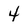
Character: 4